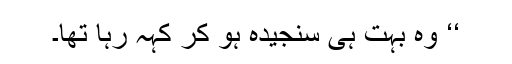
‘‘ وہ بہت ہی سنجیدہ ہو کر کہہ رہا تھا۔